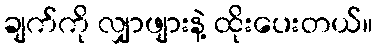
ချက်ကို လျှာဖျားနဲ့ ထိုးပေးတယ်။